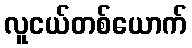
လူငယ်တစ်ယောက်